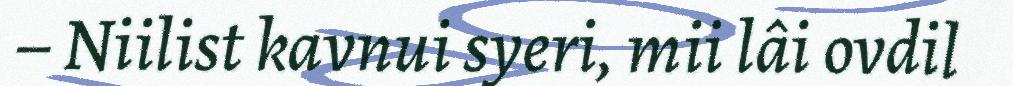
– Niilist kavnui syeri, mii lâi ovdil